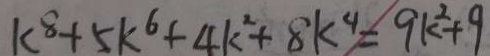
k ^ { 8 } + 5 k ^ { 6 } + 4 k ^ { 2 } + 8 k ^ { 4 } = 9 k ^ { 2 } + 9